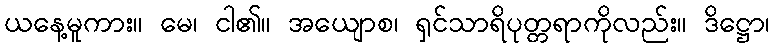
ယနေ့မူကား။ မေ၊ ငါ၏။ အယျောစ၊ ရှင်သာရိပုတ္တရာကိုလည်း။ ဒိဋ္ဌော၊